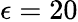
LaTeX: \epsilon=20